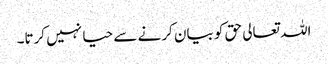
اللہ تعالی حق کو بیان کرنے سے حیا نہیں کرتا۔